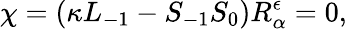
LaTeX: \chi=(\kappa L_{-1}-S_{-1}S_{0})R_{\alpha}^{\epsilon}=0,